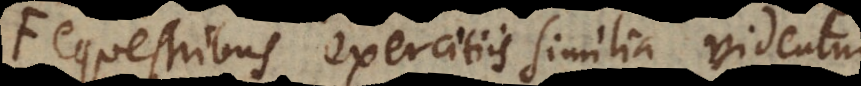
equestribus exercitiis similia videntur,